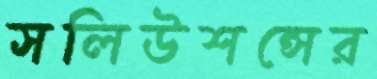
সলিউশন্সের